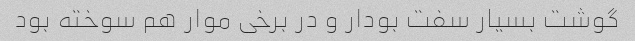
گوشت بسیار سفت بودار و در برخی موار هم سوخته بود